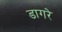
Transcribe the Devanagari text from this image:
डागरे